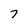
Character: 7